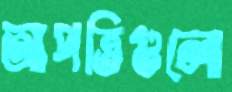
আপত্তিগুলো